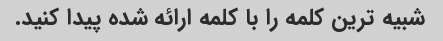
شبیه ترین کلمه را با کلمه ارائه شده پیدا کنید.